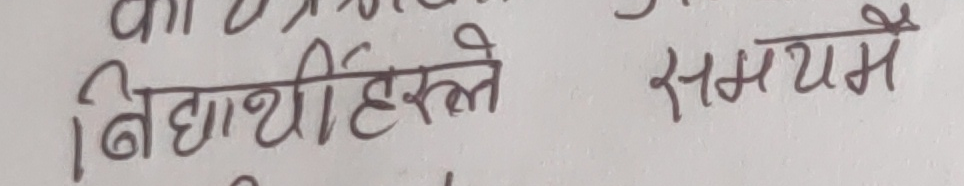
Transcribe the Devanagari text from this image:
विद्यार्थी हिस्से समयमे